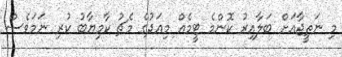
މި ނަތީޖާއަށް ބަލާއިރު ކޮންމެ ޓީމެއް މިއަދުގެ މެޗު ކާމިޔާބު ކުރި ނަމަވެސް